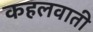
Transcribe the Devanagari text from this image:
कहलवाती